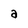
Character: a